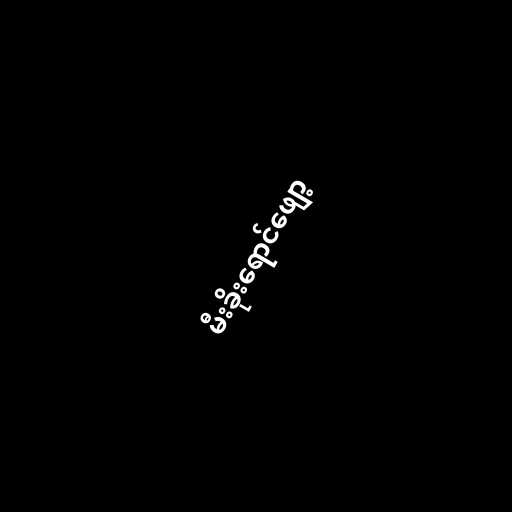
မီးခိုးရောင်ဖျော့